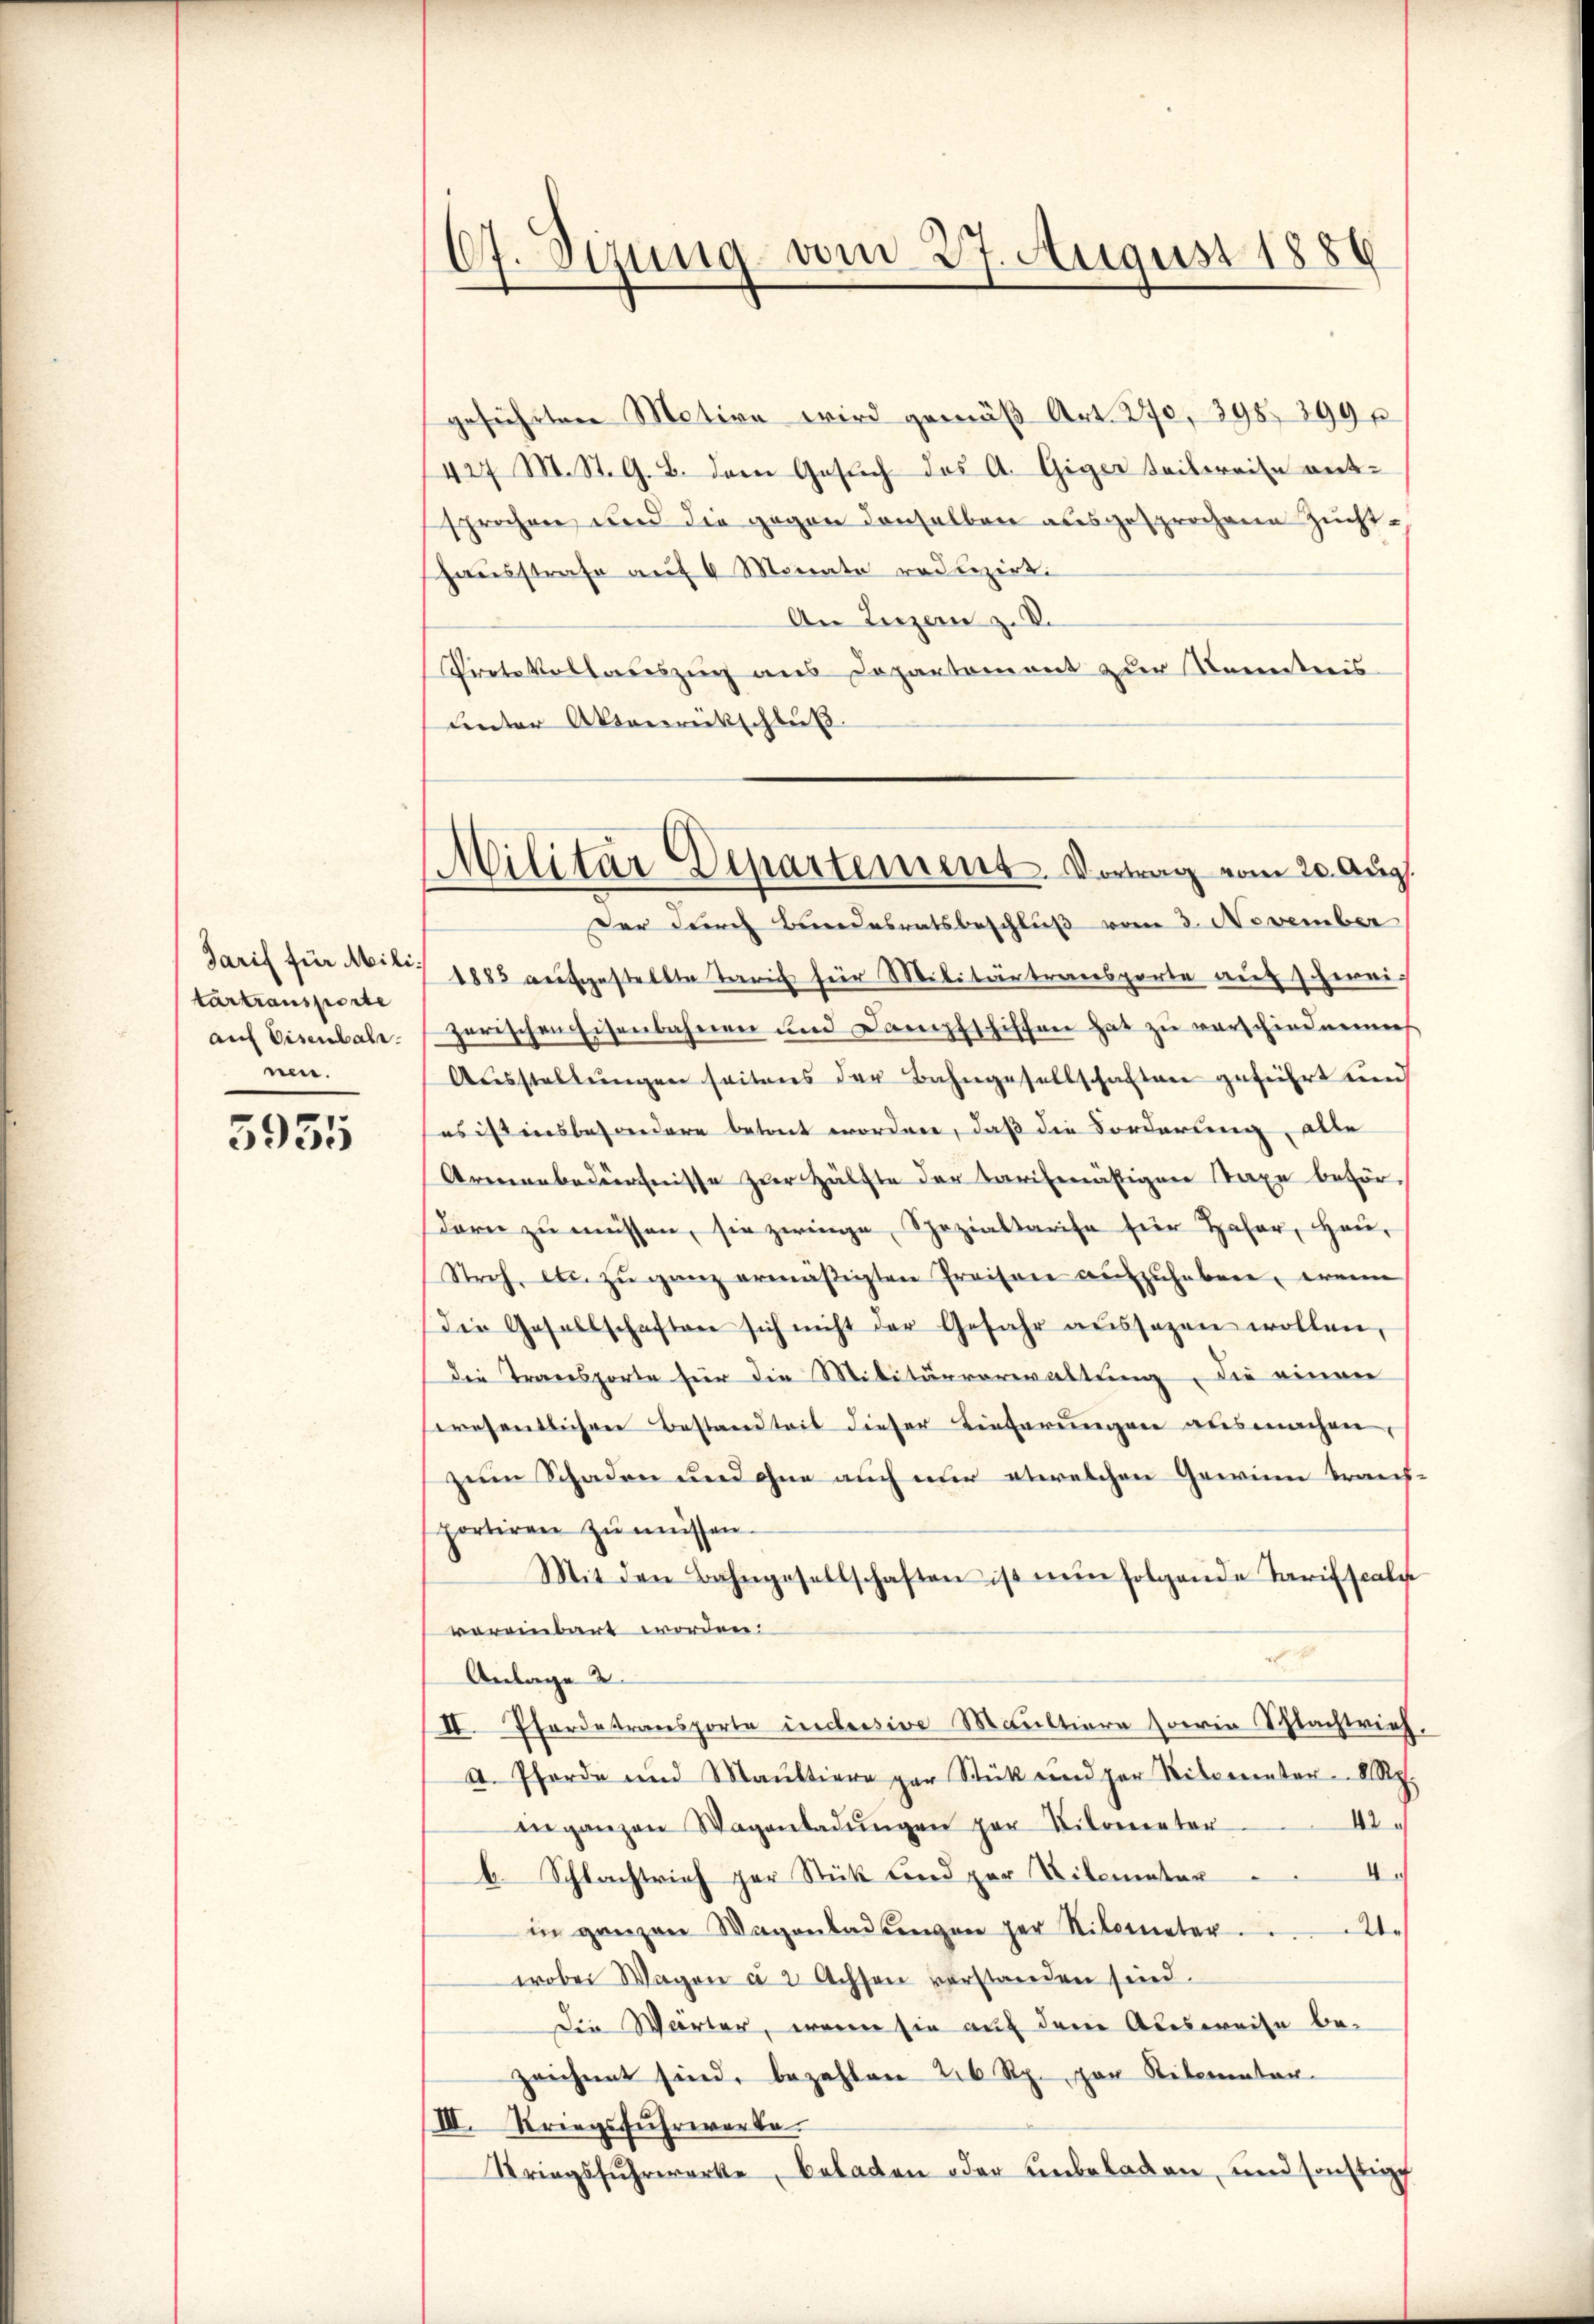
Tarif für Militartransporte
auf Eisenbahr.
nen.

5951

67. Sizung vom 27. August 1886

Militär Departement. Vortrag vom 20. Aug.

geführten Motive wird gemäß Art. 270, 398. 899 p
427 M. St. G. B. dem Gesuch des A. Giger Seitereise entsprochen und die gegen denselben ausgesprochene Zuchthausstrafe auf 6 Monate reduzirt.
An Luzern z. B.
Protokollauszug aus Departement zur Kenntnis
unter Abenrückschluß.
Der durch Bundesratsbeschluß vom 3. November
1885 aufgestellte Tarif für Militärtransporte auf hereizerischen Eisenbahnen und Dampfschiffen hat zu verschiedenh
Aŭsstellŭngen seitens der Bahngesellschaften geführt und
es ist insbesondere betret worden, daß die Forderung, alle
Armenbedürfnisse zur Hälfte der tarifenästigen Staxe beför
Dorn zu müssen, sie zwinge Spezialtarise für Hafer, Heu,
Stroh, etc. zŭ ganz ermäßigten Preisene aufzuhebene, wenn
Die Gesellschaften sich nicht der Gefahr aussagen wollen,
die Transporte für die Militärverwaltung, die einer
wresentlichen Bestandteit dieser Lieferungen ausmachen,
zum Schaden und ohne auch nur etwelchen Gewinn braus-
portiren zu müssen.
Mit den Bahngesellschaften ist nun folgende Tarifscalis
vereinbart worden:
e
Anlage 2.
II. Pferdetransporte incessive Maultiere horin Schlachtrief,
A. Pforde und Maŭltiere par Stück und per Ritternter 2 p.
42
enganzen Wagenladŭngen zur Kilometer
4
b. Schlachtrich zur Stück und zur Dilemater
in ganzen Wagenladungen zur Niborneter .....
wobei Wagon à 2 Achsen verstanden sind.
Die Wärter, wenn sie auf den Aberweise be-
zeichnet sind, bezahlen 26 Rp. par Ritemater-
III. Kriegsfuhrwerte.
Striegsfŭhrwerke, beladen oder anbeladen, und sonstigt